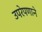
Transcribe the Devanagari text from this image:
उपरेपणाने